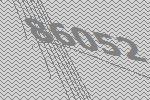
86052